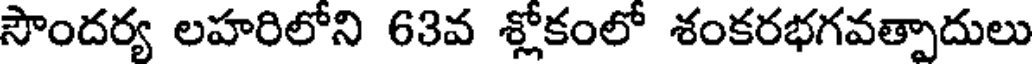
సౌందర్య లహరిలోని 63వ శ్లోకంలో శంకరభగవత్పాదులు